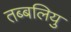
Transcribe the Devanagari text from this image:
तब्बलियु